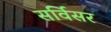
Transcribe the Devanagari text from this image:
सर्विसर